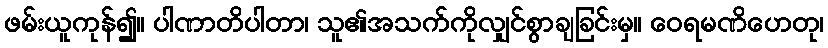
ဖမ်းယူကုန်၍။ ပါဏာတိပါတာ၊ သူ၏အသက်ကိုလျှင်စွာချခြင်းမှ။ ဝေရမဏိဟေတု၊